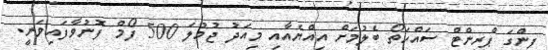
ފިންގަ ޕްރިންޓް ސައްހަތޯ ބެލުމަށް އިއްޔެއާއި މިއަދު ޖުމުލަ 500 ފޯމް ފޮނުވާފައިވަނީ.